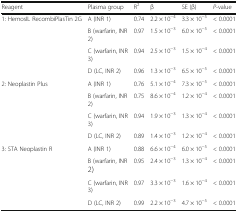
| Reagent | Plasma group | R2 | β | SE (β) | P-value |
 | --- | --- | --- | --- | --- | --- |
 | <ROWSPAN=4> 1: HemosIL RecombiPlasTin 2G | A (INR 1) | 0.74 | 2.2 × 10−4 | 3.3 × 10−5 | < 0.0001 |
 | B (warfarin, INR 2) | 0.97 | 1.5 × 10−3 | 6.0 × 10−5 | < 0.0001 |
 | C (warfarin, INR 3) | 0.94 | 2.5 × 10−3 | 1.5 × 10−4 | < 0.0001 |
 | D (LC, INR 2) | 0.96 | 1.3 × 10−3 | 6.5 × 10−5 | < 0.0001 |
 | <ROWSPAN=4> 2: Neoplastin Plus | A (INR 1) | 0.76 | 5.1 × 10−4 | 7.3 × 10−5 | < 0.0001 |
 | B (warfarin, INR 2) | 0.75 | 8.6 × 10−4 | 1.2 × 10−4 | < 0.0001 |
 | C (warfarin, INR 3) | 0.94 | 1.9 × 10−3 | 1.3 × 10−4 | < 0.0001 |
 | D (LC, INR 2) | 0.89 | 1.4 × 10−3 | 1.2 × 10−4 | < 0.0001 |
 | <ROWSPAN=4> 3: STA Neoplastin R | A (INR 1) | 0.88 | 6.6 × 10−4 | 6.0 × 10−5 | < 0.0001 |
 | B (warfarin, INR 2) | 0.95 | 2.4 × 10−3 | 1.3 × 10−4 | < 0.0001 |
 | C (warfarin, INR 3) | 0.97 | 3.3 × 10−3 | 1.6 × 10−4 | < 0.0001 |
 | D (LC, INR 2) | 0.99 | 2.2 × 10−3 | 4.7 × 10−5 | < 0.0001 |